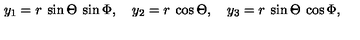
y _ { 1 } = r \: \sin \Theta \: \sin \Phi , \quad y _ { 2 } = r \: \cos \Theta , \quad y _ { 3 } = r \: \sin \Theta \: \cos \Phi ,